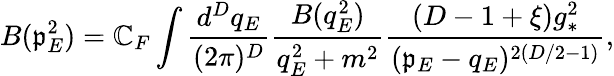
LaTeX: B(\mathfrak{p}_{E}^{2})=\mathbb{C}_{F}\int\frac{{d^{D}q_{E}}}{{(2\pi)^{D}}}\frac{{B(q_{E}^{2})}}{{q_{E}^{2}+m^{2}}}\frac{{(D-1+\xi)g_{*}^{2}}}{{(\mathfrak{p}_{E}-q_{E})^{2(D/2-1)}}},